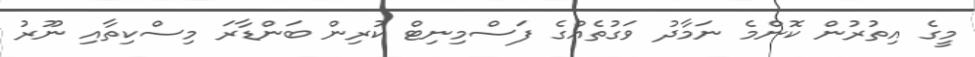
މީގެ އިތުރުން ކޮންމެ ނަމާދު ވަގުތެއްގެ ފަސްމިނިޓް ކުރިން ބަންޑާރަ މިސްކިތާއި ނޫރު